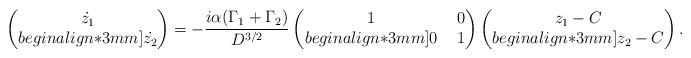
LaTeX: \begin{align*}\begin{pmatrix}\dot{z_{1}}\\begin{align*}3mm]\dot{z_{2}}\end{pmatrix}=-\frac{i\alpha(\Gamma_{1}+\Gamma_{2})}{D^{3/2}}\begin{pmatrix}1 & \ 0 \\begin{align*}3mm]0 & \ 1 \end{pmatrix}\begin{pmatrix}z_{1}-C\\begin{align*}3mm]z_{2}-C\end{pmatrix}.\end{align*}